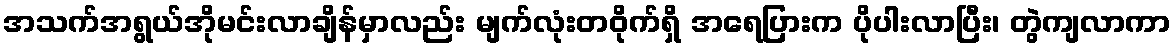
အသက်အရွယ်အိုမင်းလာချိန်မှာလည်း မျက်လုံးတဝိုက်ရှိ အရေပြားက ပိုပါးလာပြီး၊ တွဲကျလာကာ